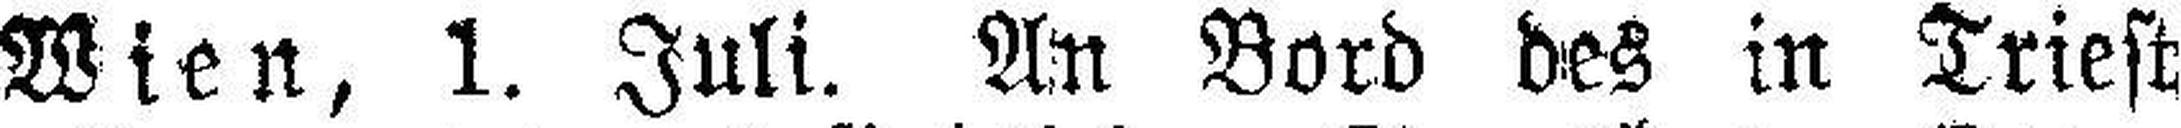
Wien, 1. Juli. An Bord des in Triest